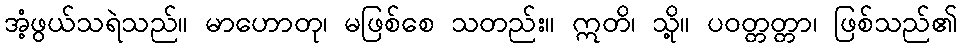
အံ့ဖွယ်သရဲသည်။ မာဟောတု၊ မဖြစ်စေ သတည်း။ ဣတိ၊ သို့။ ပဝတ္တတ္တာ၊ ဖြစ်သည်၏